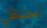
نحتفل